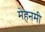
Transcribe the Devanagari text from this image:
मेहनमी